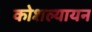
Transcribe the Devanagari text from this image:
कोशल्यायन